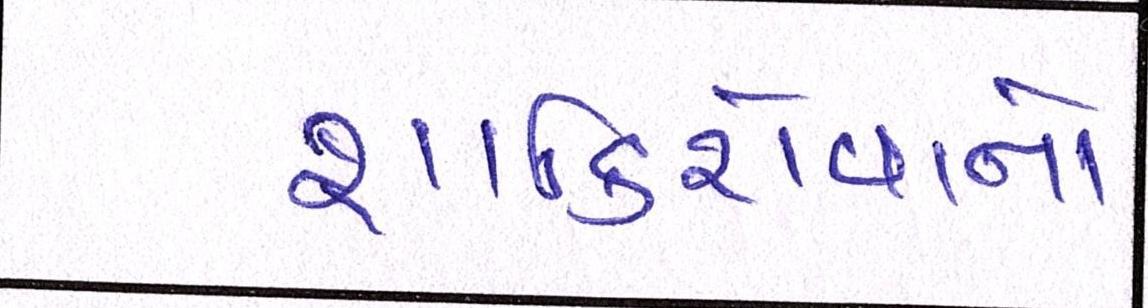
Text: શાકિરોવાનો